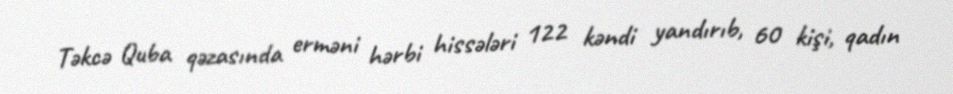
Təkcə Quba qəzasında erməni hərbi hissələri 122 kəndi yandırıb, 60 kişi, qadın